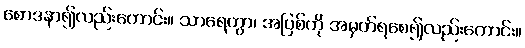
စောဒနာ၍လည်းကောင်း။ သာရေတွာ၊ အပြစ်ကို အမှတ်ရစေ၍လည်းကောင်း။